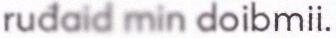
ruđaid min doibmii.